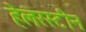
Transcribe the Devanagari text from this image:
हेलरस्टीन